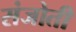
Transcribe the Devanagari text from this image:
संजोती